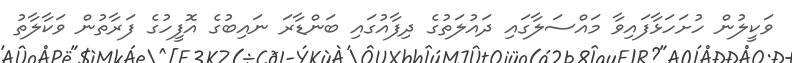
ވަކީލުން ހުށަހަޅާފައިވާ މައްސަލާގައި ދައުލަތުގެ ދިފާއުގައި ބަންޑާރަ ނައިބުގެ އޮފީހުގެ ފަރާތުން ވަކާލާތު